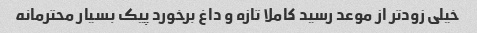
خیلی زودتر از موعد رسید کاملا تازه و داغ برخورد پیک بسیار محترمانه